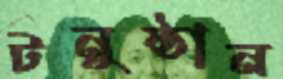
টনুষ্ঠান